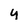
Character: y